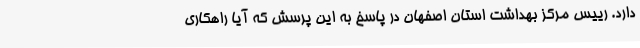
دارد. رییس مرکز بهداشت استان اصفهان در پاسخ به این پرسش که آیا راهکاری